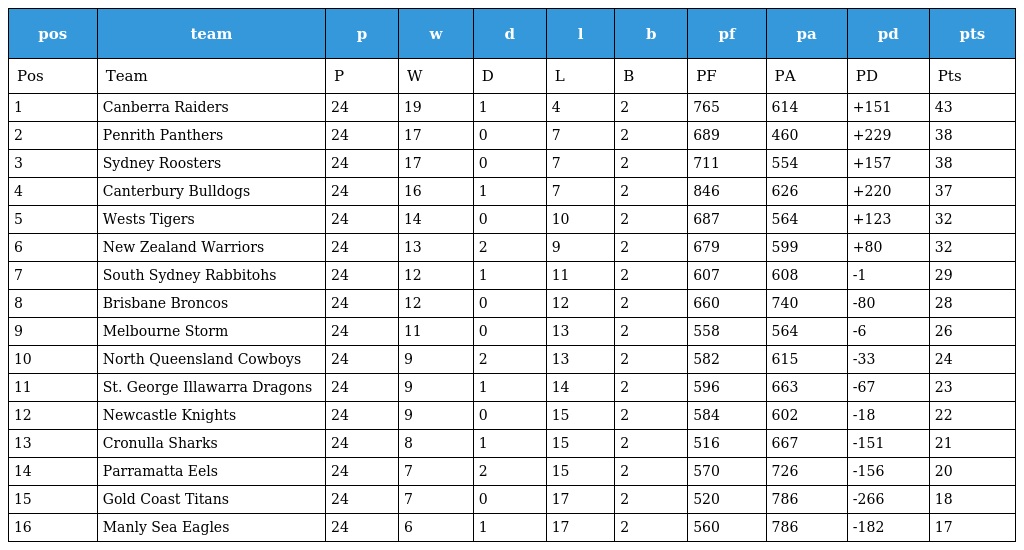
| pos | team | p | w | d | l | b | pf | pa | pd | pts |
 | --- | --- | --- | --- | --- | --- | --- | --- | --- | --- | --- |
 | Pos | Team | P | W | D | L | B | PF | PA | PD | Pts |
 | 1 | Canberra Raiders | 24 | 19 | 1 | 4 | 2 | 765 | 614 | +151 | 43 |
 | 2 | Penrith Panthers | 24 | 17 | 0 | 7 | 2 | 689 | 460 | +229 | 38 |
 | 3 | Sydney Roosters | 24 | 17 | 0 | 7 | 2 | 711 | 554 | +157 | 38 |
 | 4 | Canterbury Bulldogs | 24 | 16 | 1 | 7 | 2 | 846 | 626 | +220 | 37 |
 | 5 | Wests Tigers | 24 | 14 | 0 | 10 | 2 | 687 | 564 | +123 | 32 |
 | 6 | New Zealand Warriors | 24 | 13 | 2 | 9 | 2 | 679 | 599 | +80 | 32 |
 | 7 | South Sydney Rabbitohs | 24 | 12 | 1 | 11 | 2 | 607 | 608 | -1 | 29 |
 | 8 | Brisbane Broncos | 24 | 12 | 0 | 12 | 2 | 660 | 740 | -80 | 28 |
 | 9 | Melbourne Storm | 24 | 11 | 0 | 13 | 2 | 558 | 564 | -6 | 26 |
 | 10 | North Queensland Cowboys | 24 | 9 | 2 | 13 | 2 | 582 | 615 | -33 | 24 |
 | 11 | St. George Illawarra Dragons | 24 | 9 | 1 | 14 | 2 | 596 | 663 | -67 | 23 |
 | 12 | Newcastle Knights | 24 | 9 | 0 | 15 | 2 | 584 | 602 | -18 | 22 |
 | 13 | Cronulla Sharks | 24 | 8 | 1 | 15 | 2 | 516 | 667 | -151 | 21 |
 | 14 | Parramatta Eels | 24 | 7 | 2 | 15 | 2 | 570 | 726 | -156 | 20 |
 | 15 | Gold Coast Titans | 24 | 7 | 0 | 17 | 2 | 520 | 786 | -266 | 18 |
 | 16 | Manly Sea Eagles | 24 | 6 | 1 | 17 | 2 | 560 | 786 | -182 | 17 |